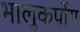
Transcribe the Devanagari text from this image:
भालुकपोंग